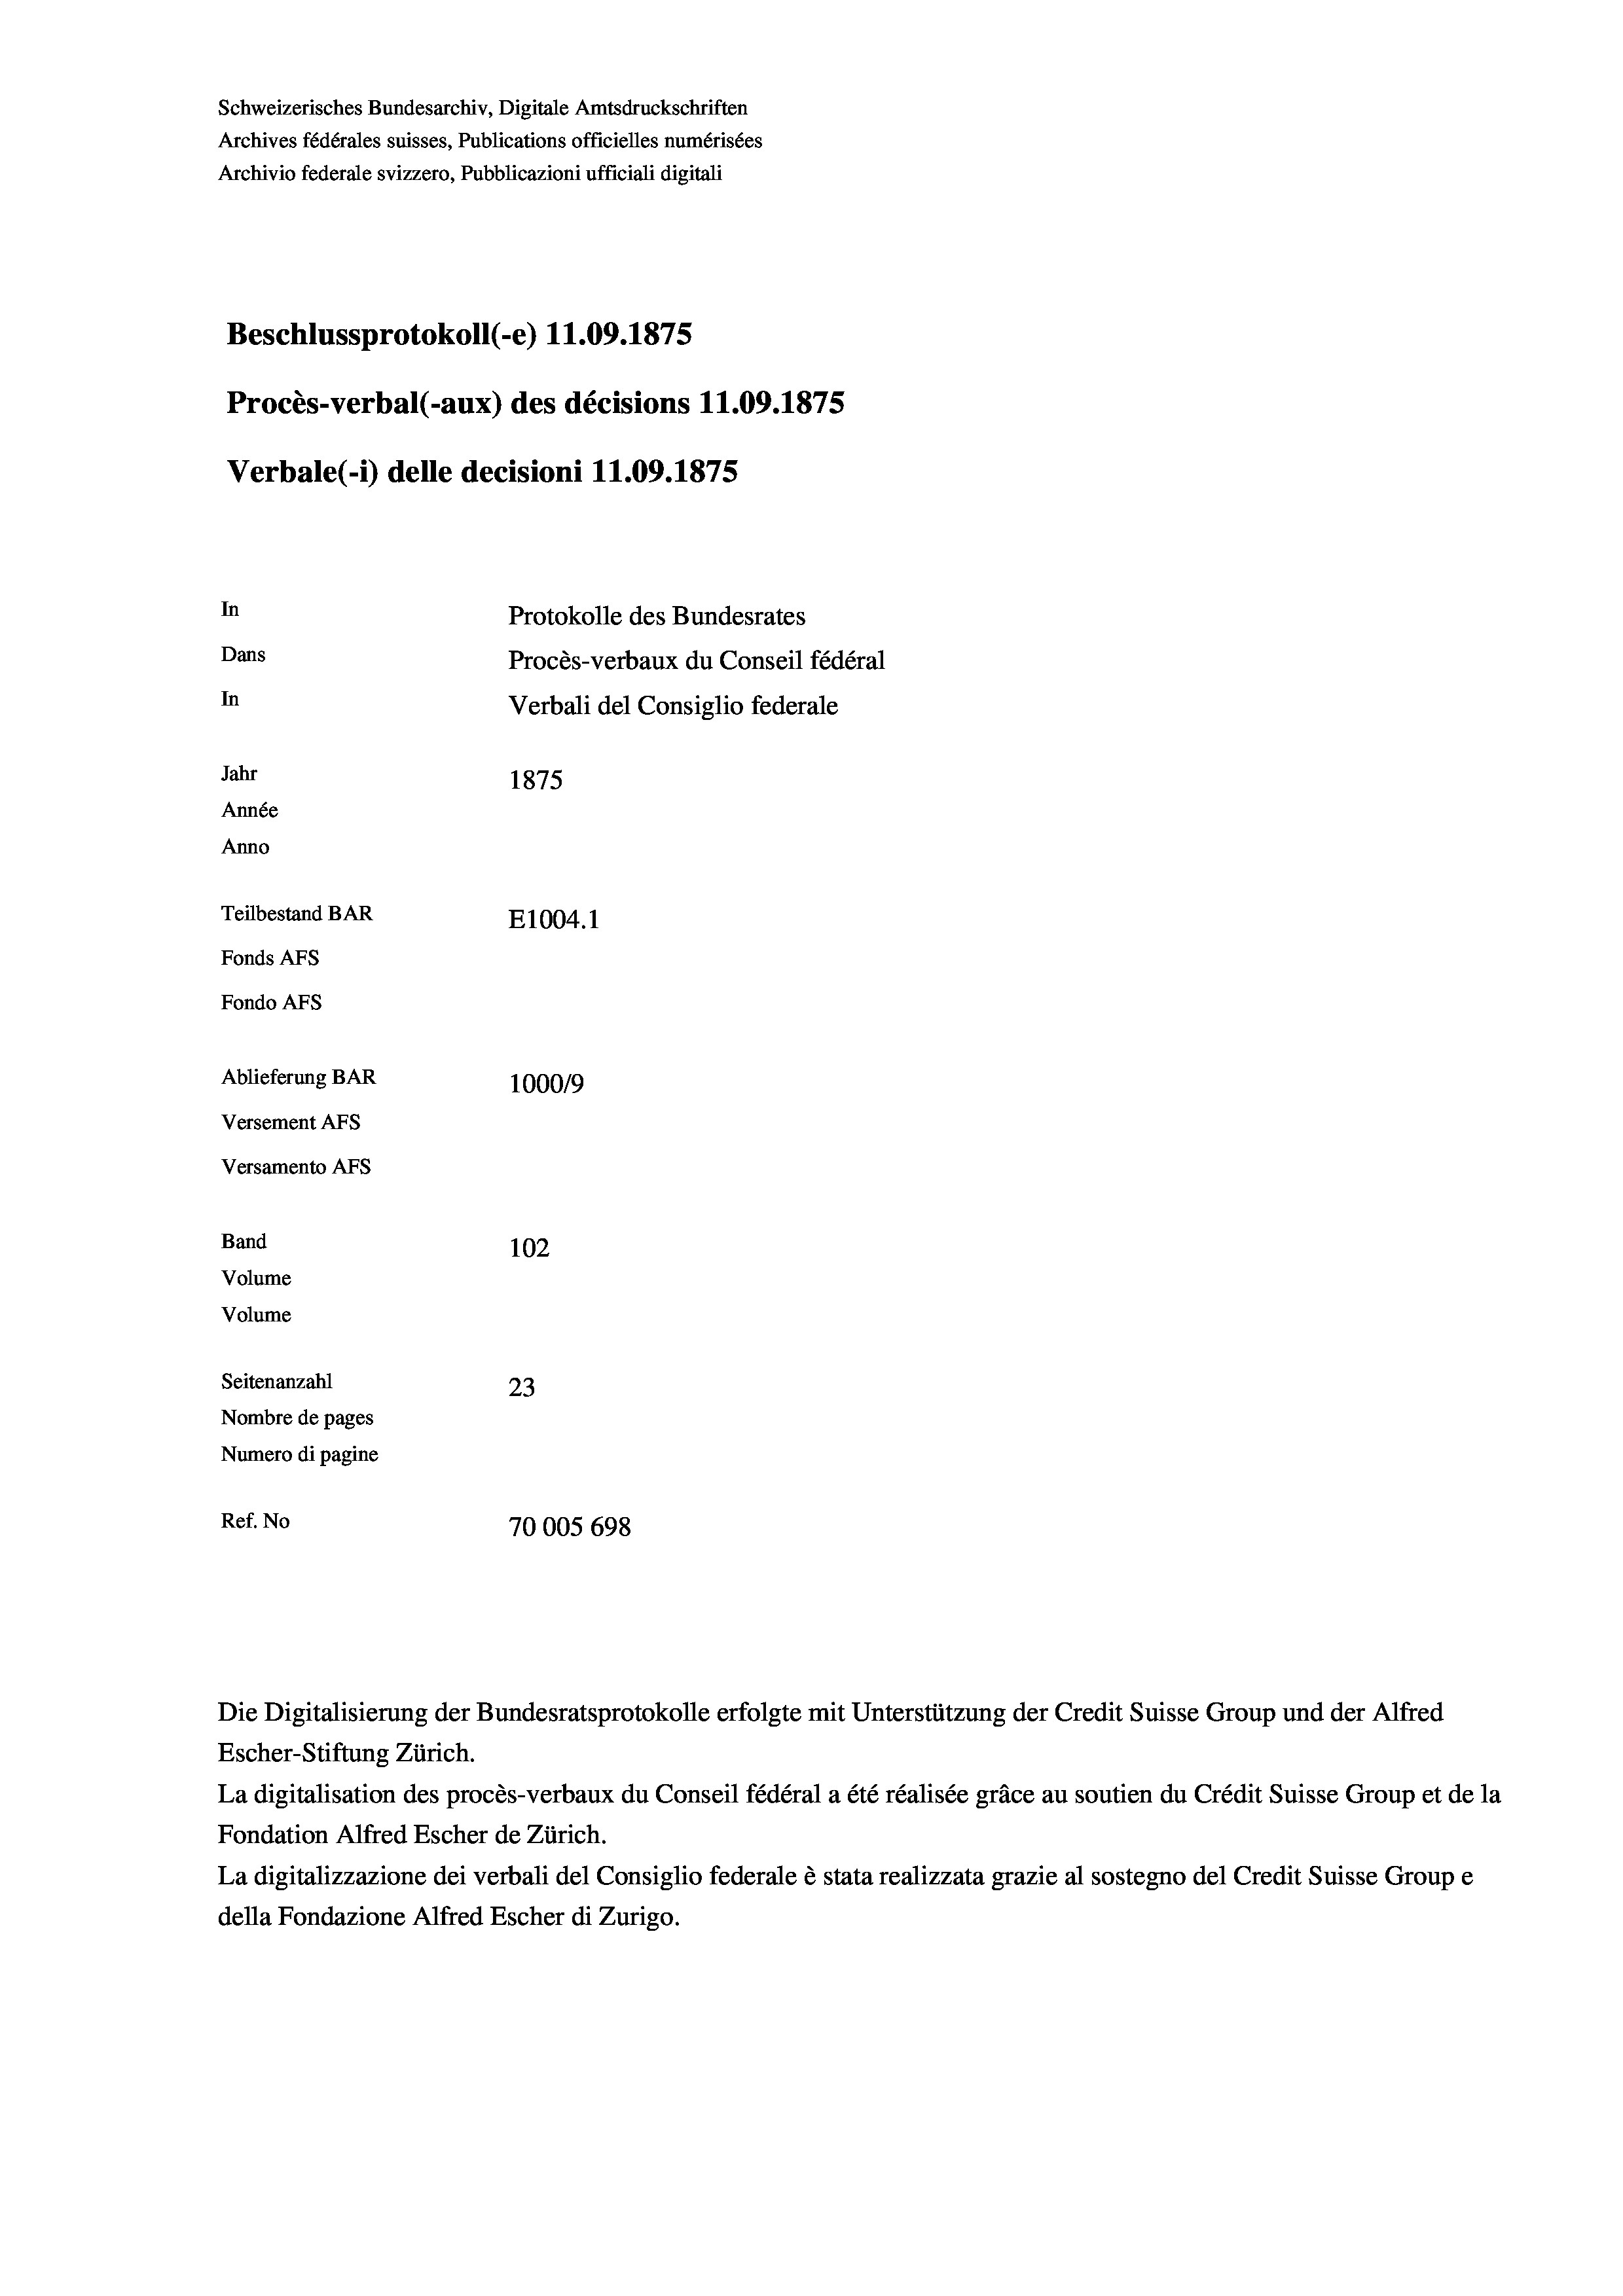
Schweizerisches Bundesarchiv, Digitale Amtsdruckschriften
Archives fédérales suisses, Publications officielles numérisées
Archivio federale svizzero, Pubblicazioni ufficiali digitali
Beschlussprotokoll (-e) 11.09. 1875
Procès-verbal (-aux) des décisions 11.09. 1875
Verbale(*) delle decisioni 11.09. 1875
In
Protokolle des Bundesrates
Dans
Procès-verbaux du Conseil fédéral
In
Verbali del Consiglio federale
Jahr
1875
Année
Anno
Teilbestand BAR
E1004.1
Fonds AFs
Fondo AFs
Ablieferung BAR
1000/9
Versement Abs
Versamento AFs

102
Seitenanzahl
23
Nombre de pages
Numero di pagine
Ref. No
70005698

Band
Volume
Volume

Escher-Stiftung Zürich.
La digitalisation des procès-verbaux du Conseil fédéral a été réalisée gräce au soutien du Crédit Suisse Group et de la
Fondation Alfred Escher de Zürich.
La digitalizzazione dei verbali del Consiglio federale è stata realizzata grazie al sostegno del Credit Suisse Groupe
della Fondazione Alfred Escher di Zurigo.

Die Digitalisierung der Bundesratsprotokolle erfolgte mit Unterstützung der Credit Suisse Group und der Alfred